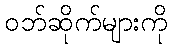
ဝဘ်ဆိုက်များကို